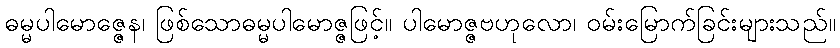
ဓမ္မပါမောဇ္ဇေန၊ ဖြစ်သောဓမ္မပါမောဇ္ဇဖြင့်။ ပါမောဇ္ဇဗဟုလော၊ ဝမ်းမြောက်ခြင်းများသည်။